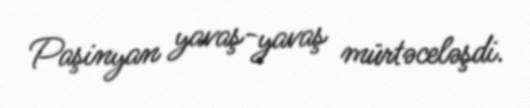
Paşinyan yavaş-yavaş mürtəceləşdi.